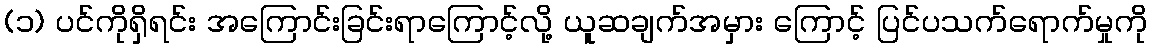
(၁) ပင်ကိုရှိရင်း အကြောင်းခြင်းရာကြောင့်လို့ ယူဆချက်အမှား ကြောင့် ပြင်ပသက်ရောက်မှုကို